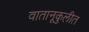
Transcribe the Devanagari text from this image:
वातानूकुलीत